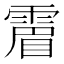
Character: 𩄎